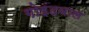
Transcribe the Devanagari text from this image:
गोइंदवाल